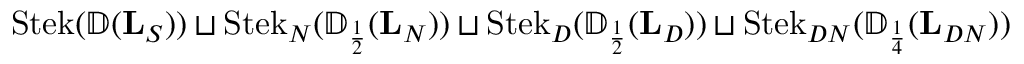
\operatorname { S t e k } ( { \mathbb { D } } ( \mathbf L _ { S } ) ) \sqcup \operatorname { S t e k } _ { N } ( { \mathbb { D } } _ { \scriptscriptstyle { \frac { 1 } { 2 } } } ( \mathbf L _ { N } ) ) \sqcup \operatorname { S t e k } _ { D } ( { \mathbb { D } } _ { \scriptscriptstyle { \frac { 1 } { 2 } } } ( \mathbf L _ { D } ) ) \sqcup \operatorname { S t e k } _ { D N } ( { \mathbb { D } } _ { \scriptscriptstyle { \frac { 1 } { 4 } } } ( \mathbf L _ { D N } ) )